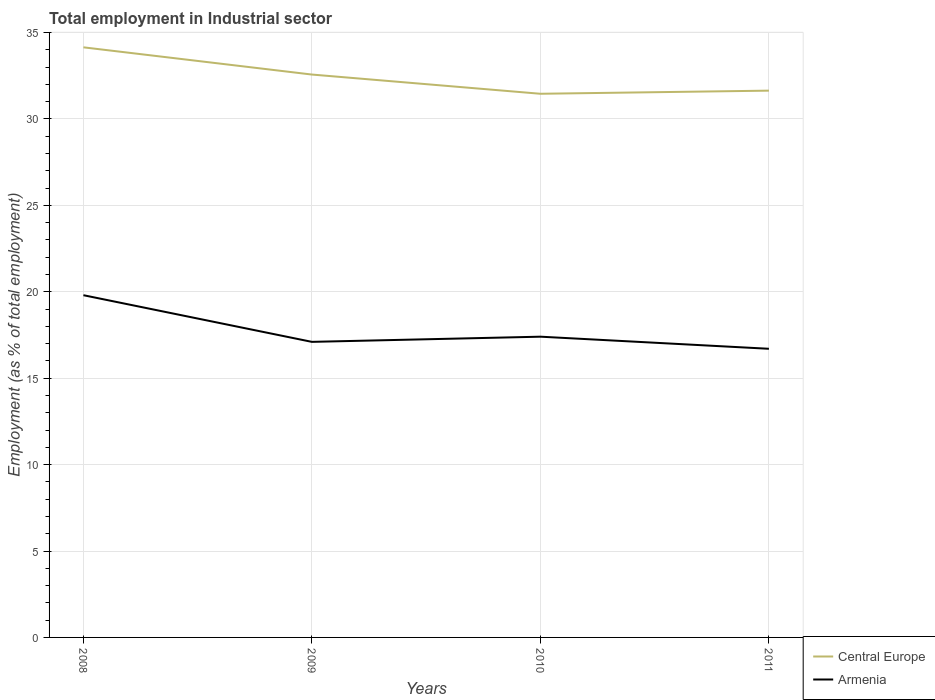
| Years | Central Europe | Armenia |
 | --- | --- | --- |
 | 2008 | 34.1 | 19.8 |
 | 2009 | 32.6 | 17.1 |
 | 2010 | 31.5 | 17.4 |
 | 2011 | 31.6 | 16.7 |